Annual returns of the Patna Lunatic Asylum at Bankipore in Bihar and Orissa - 1912-1924
Year: 1912
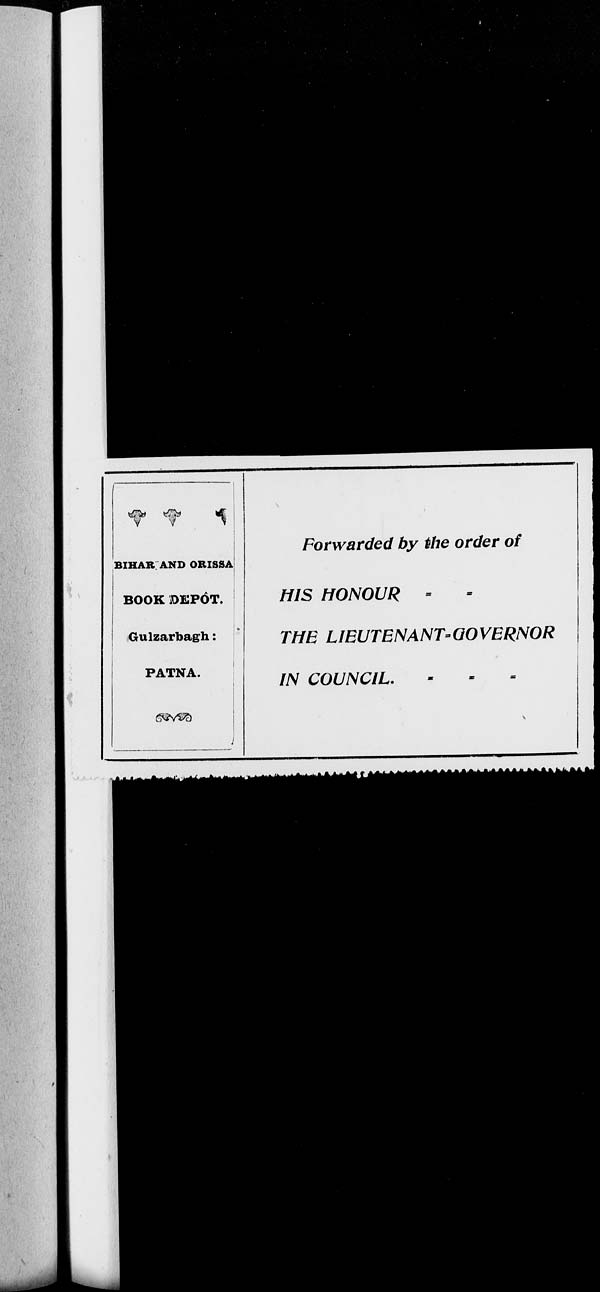
BIHAR AND ORISSA
BOOK DEPÔT
Gulzarbagh:
PATNA.
Forwarded by the order of
HIS HONOUR - -
THE
LIEUTENANT-GOVERNOR
IN COUNCIL. - - -